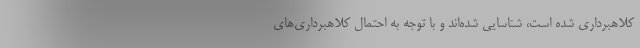
کلاهبرداری شده است، شناسایی شده‌اند و با توجه به احتمال کلاهبرداری‌های